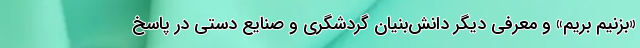
«بزنیم بریم» و معرفی دیگر دانش‌بنیان‌ گردشگری و صنایع دستی در پاسخ